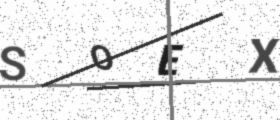
Text: SOEX